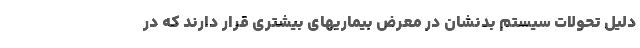
دلیل تحولات سیستم بدنشان در معرض بیماریهای بیشتری قرار دارند که در